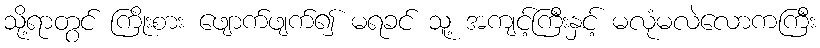
သို့ရာတွင် ကြိုးစား ဖျောက်ဖျက်၍ မရခင် သူ့ အကျင့်ကြီးနှင့် မလုံမလဲလောကကြီး